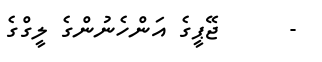
-      ޖޭޕީގެ އަންހެނުންގެ ލީގްގެ